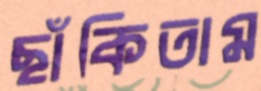
ছাঁকিতাম